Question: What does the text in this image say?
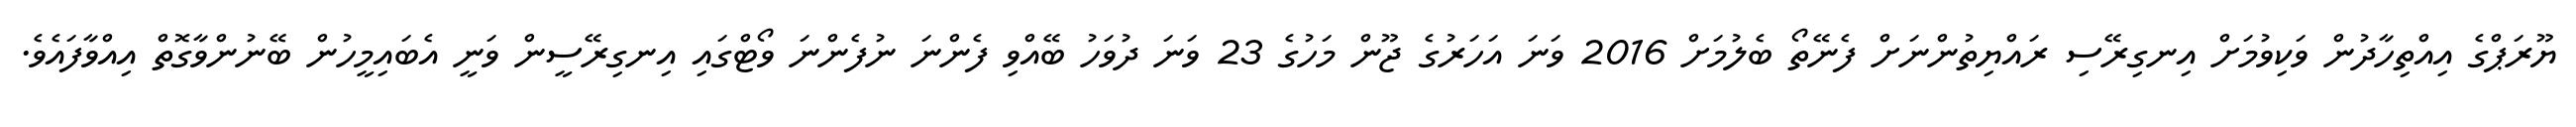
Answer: ޔޫރަޕްގެ އިއްތިހާދުން ވަކިވުމަށް އިނގިރޭސި ރައްޔިތުންނަށް ފެނޭތޯ ބެލުމަށް 2016 ވަނަ އަހަރުގެ ޖޫން މަހުގެ 23 ވަނަ ދުވަހު ބޭއްވި ފެންނަ ނުފެންނަ ވޯޓްގައި އިނގިރޭސީން ވަނީ އެބައިމީހުން ބޭނުންވާގޮތް އިއްވާފައެވެ.